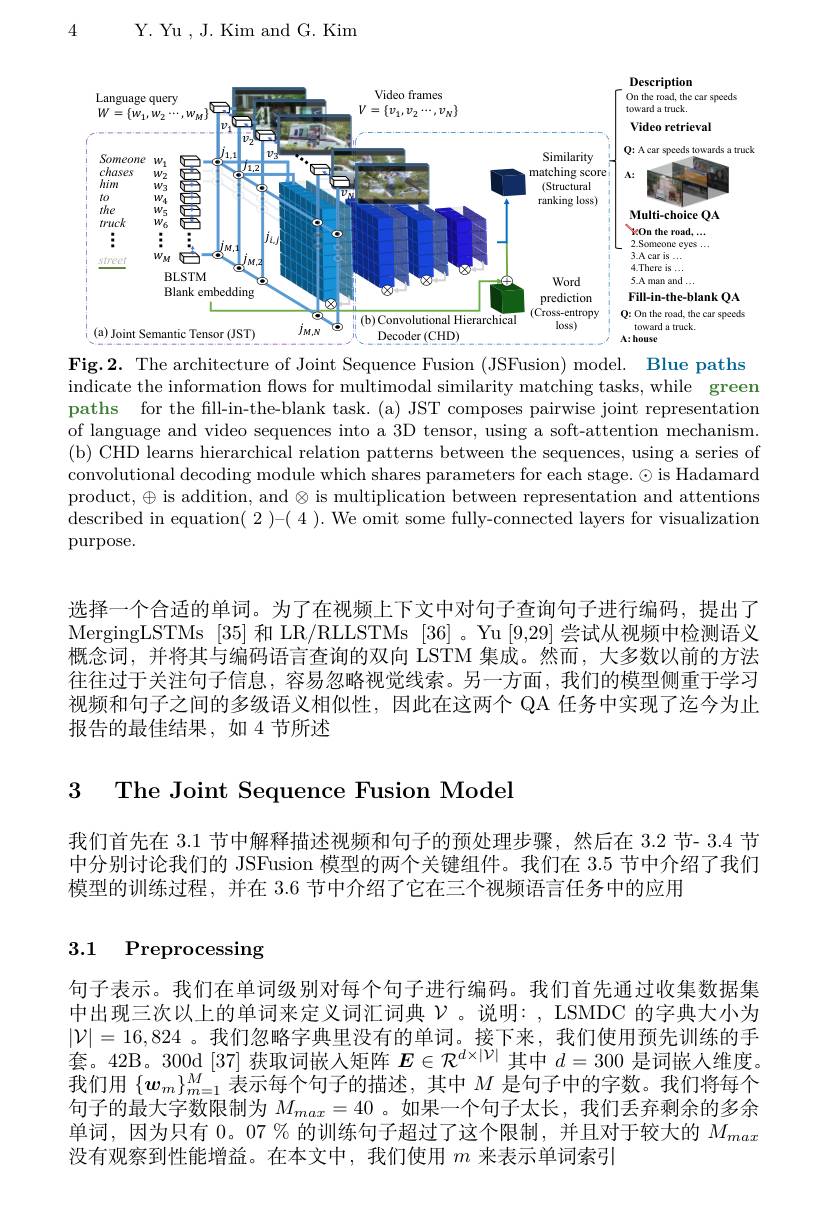
4

Y. Yu , J. Kim and G. Kim

<FigureHere>

Fig.2. The architecture of Joint Sequence Fusion (JSFusion) model. Blue paths $\bar{\text{indicate the information flows for multimodal similarity matching tasks, while}}$ green paths for the fill-in-the-blank task.(a) JST composes pairwise joint representation of language and video sequences into a 3D tensor, using a soft-attention mechanism. (b) CHD learns hierarchical relation patterns between the sequences, using a series of convolutional decoding module which shares parameters for each stage.© is Hadamard product, $\oplus$ is addition, and $\otimes$ is multiplication between representation and attentions described in equation( 2 )-( 4 ). We omit some fully-connected layers for visualization purpose.

选择一个合适的单词。为了在视频上下文中对句子查询句子进行编码，提出了MergingLSTMs [35] 和 LR/RLLSTMs [36] 。Yu [9,29] 尝试从视频中检测语义概念词，并将其与编码语言查询的双向 LSTM 集成。然而，大多数以前的方法往往过于关注句子信息，容易忽略视觉线索。另一方面，我们的模型侧重于学习视频和句子之间的多级语义相似性，因此在这两个 QA 任务中实现了迄今为止报告的最佳结果，如 4 节所述

3 The Joint Sequence Fusion Model

我们首先在 3.1 节中解释描述视频和句子的预处理步骤，然后在 3.2 节- 3.4 节中分别讨论我们的 JSFusion 模型的两个关键组件。我们在 3.5 节中介绍了我们模型的训练过程，并在 3.6 节中介绍了它在三个视频语言任务中的应用

## 3.1 Preprocessing

句子表示。我们在单词级别对每个句子进行编码。我们首先通过收集数据集中出现三次以上的单词来定义词汇词典$\mathcal{V}$。说明：, LSMDC 的字典大小为$|\mathcal{V}|=16,824$ 。我们忽略字典里没有的单词。接下来，我们使用预先训练的手套。42B。300d[37]获取词嵌人矩阵$E\in\mathcal{R}^{d\times|\mathcal{V}|}$其中$d=300$是词嵌人维度我 们 用 $\{ \boldsymbol{w}_m\} _{m= 1}^M$ 表 示 每 个 句 子 的 描 述 , 其 中 $M$ 是 句 子 中 的 字 数 。我 们 将 每 个 一 子 从 目 上 它 称 而 如 如 果 , 其 中 $M$ 是 句 子 中 的 字 数 。我 们 将 每 个句子的最大字数限制为$M_{max}=40$ 。如果一个句子太长，我们丢弃剩余的多余单词，因为只有0。07 % 的训练句子超过了这个限制，并且对于较大的$M_{max}$ 没有观察到性能增益。在本文中，我们使用$m$来表示单词索引